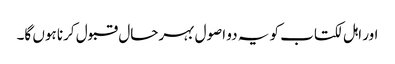
اور اہل لکتاب کو یہ دو اصول بہرحال قبول کرنا ہوں گا۔